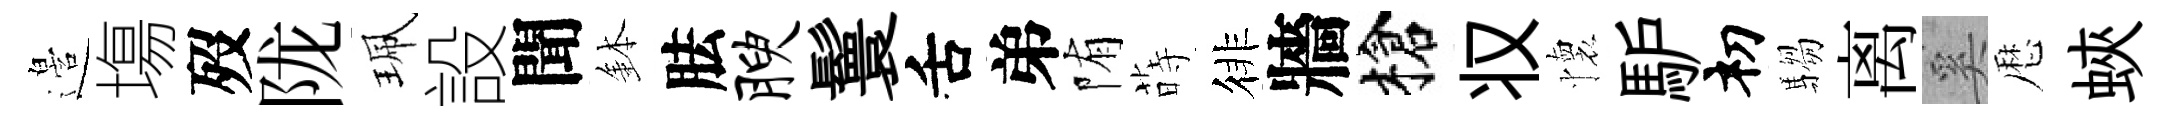
邉塲歿陇珮設聞鉢胠腴鬟舌弟陏蒔徘牆槍𠬧懷馿𥘉騶离奚厯蛺